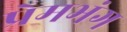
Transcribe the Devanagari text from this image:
प्रेमभंग